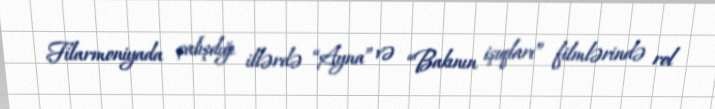
Filarmoniyada çalışdığı illərdə “Ayna” və “Bakının işıqları” filmlərində rol